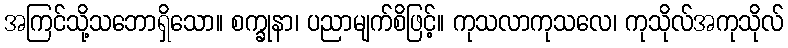
အကြင်သို့သဘောရှိသော။ စက္ခုနာ၊ ပညာမျက်စိဖြင့်။ ကုသလာကုသလေ၊ ကုသိုလ်အကုသိုလ်